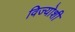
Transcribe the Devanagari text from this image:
विज्योशी